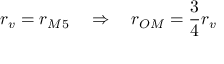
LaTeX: r _ { v } = r _ { M 5 } \quad \Rightarrow \quad r _ { O M } = \frac { 3 } { 4 } r _ { v }